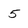
Character: 5